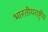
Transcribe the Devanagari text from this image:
भारतीयराष्ट्रीय